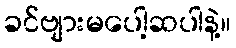
ခင်ဗျားမပေါ့ဆပါနဲ့။